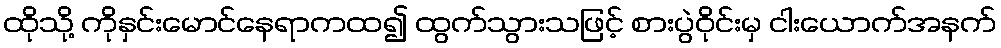
ထိုသို့ ကိုနှင်းမောင်နေရာကထ၍ ထွက်သွားသဖြင့် စားပွဲဝိုင်းမှ ငါးယောက်အနက်